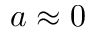
a \approx 0